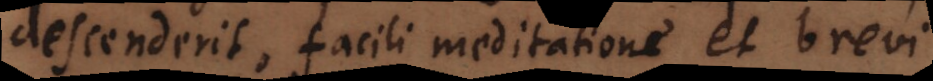
descenderit, facili meditatione et brevi